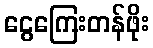
ငွေကြေးတန်ဖိုး